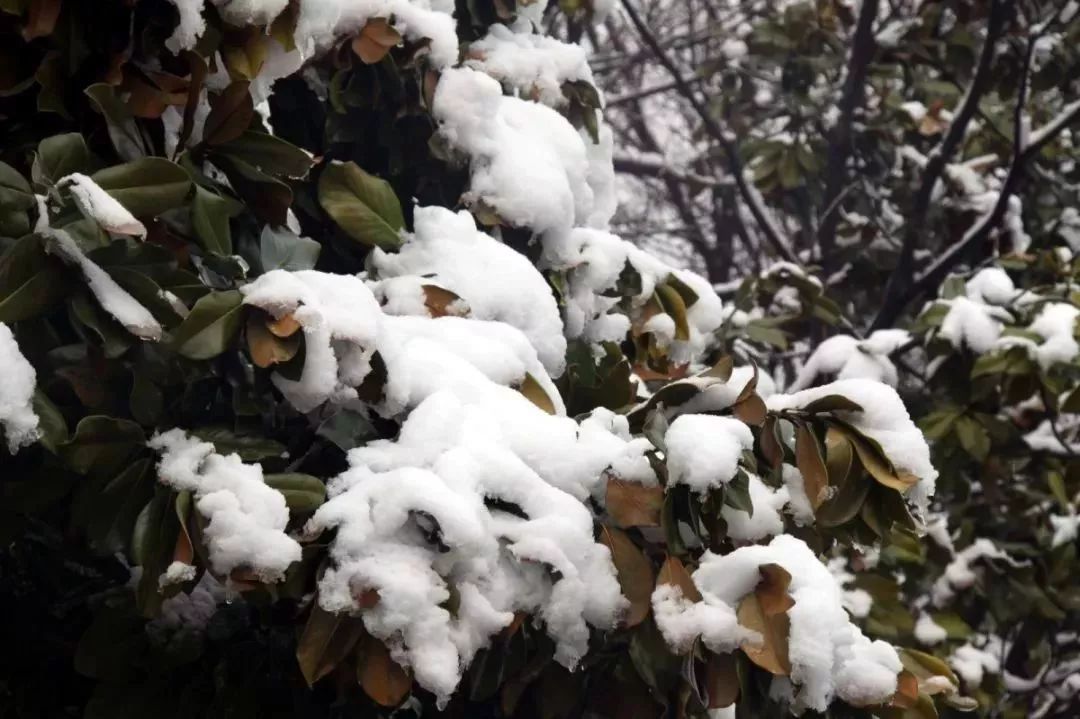
西山白雪三城戍，南浦清江万里桥。